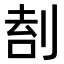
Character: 𠝛